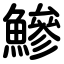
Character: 鰺